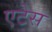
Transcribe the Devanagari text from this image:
एटेस